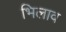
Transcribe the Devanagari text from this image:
भिलाव